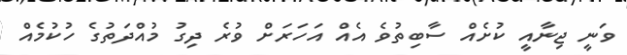
ވަނީ ޖިނާއީ ކުށެއް ސާބިތުވެ އެއް އަހަރަށް ވުރެ ދިގު މުއްދަތުގެ ހުކުމެއް